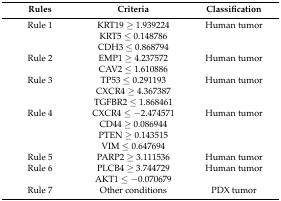
<table><thead><tr><td><b>Rules</b></td><td><b>Criteria</b></td><td><b>Classification</b></td></tr></thead><tbody><tr><td>Rule 1</td><td>KRT19 ≥ 1.939224</td><td>Human tumor</td></tr><tr><td></td><td>KRT5 ≤ 0.148786</td><td></td></tr><tr><td></td><td>CDH3 ≤ 0.868794</td><td></td></tr><tr><td>Rule 2</td><td>EMP1 ≥ 4.237572</td><td>Human tumor</td></tr><tr><td></td><td>CAV2 ≤ 1.610886</td><td></td></tr><tr><td>Rule 3</td><td>TP53 ≤ 0.291193</td><td>Human tumor</td></tr><tr><td></td><td>CXCR4 ≥ 4.367387</td><td></td></tr><tr><td></td><td>TGFBR2 ≤ 1.868461</td><td></td></tr><tr><td>Rule 4</td><td>CXCR4 ≤ −2.474571</td><td>Human tumor</td></tr><tr><td></td><td>CD44 ≥ 0.086944</td><td></td></tr><tr><td></td><td>PTEN ≥ 0.143515</td><td></td></tr><tr><td></td><td>VIM ≤ 0.647694</td><td></td></tr><tr><td>Rule 5</td><td>PARP2 ≥ 3.111536</td><td>Human tumor</td></tr><tr><td>Rule 6</td><td>PLCB4 ≥ 3.744729</td><td>Human tumor</td></tr><tr><td></td><td>AKT1 ≤ −0.070679</td><td></td></tr><tr><td>Rule 7</td><td>Other conditions</td><td>PDX tumor</td></tr></tbody></table>